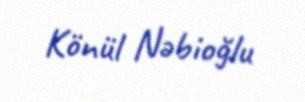
Könül Nəbioğlu